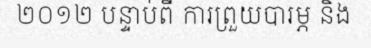
២០១២ បន្ទាប់ពី ការព្រួយបារម្ភ និង